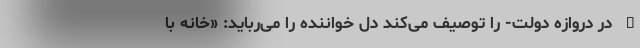
– در دروازه دولت- را توصیف می‌کند دل خواننده را می‌رُباید: «خانه با